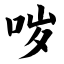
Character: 哕